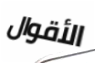
الأقوال